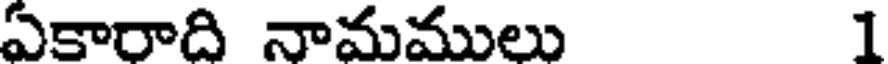
ఏకారాది నామములు 1